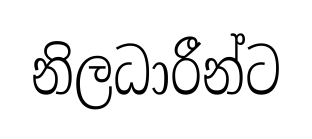
නිලධාරීන්ට